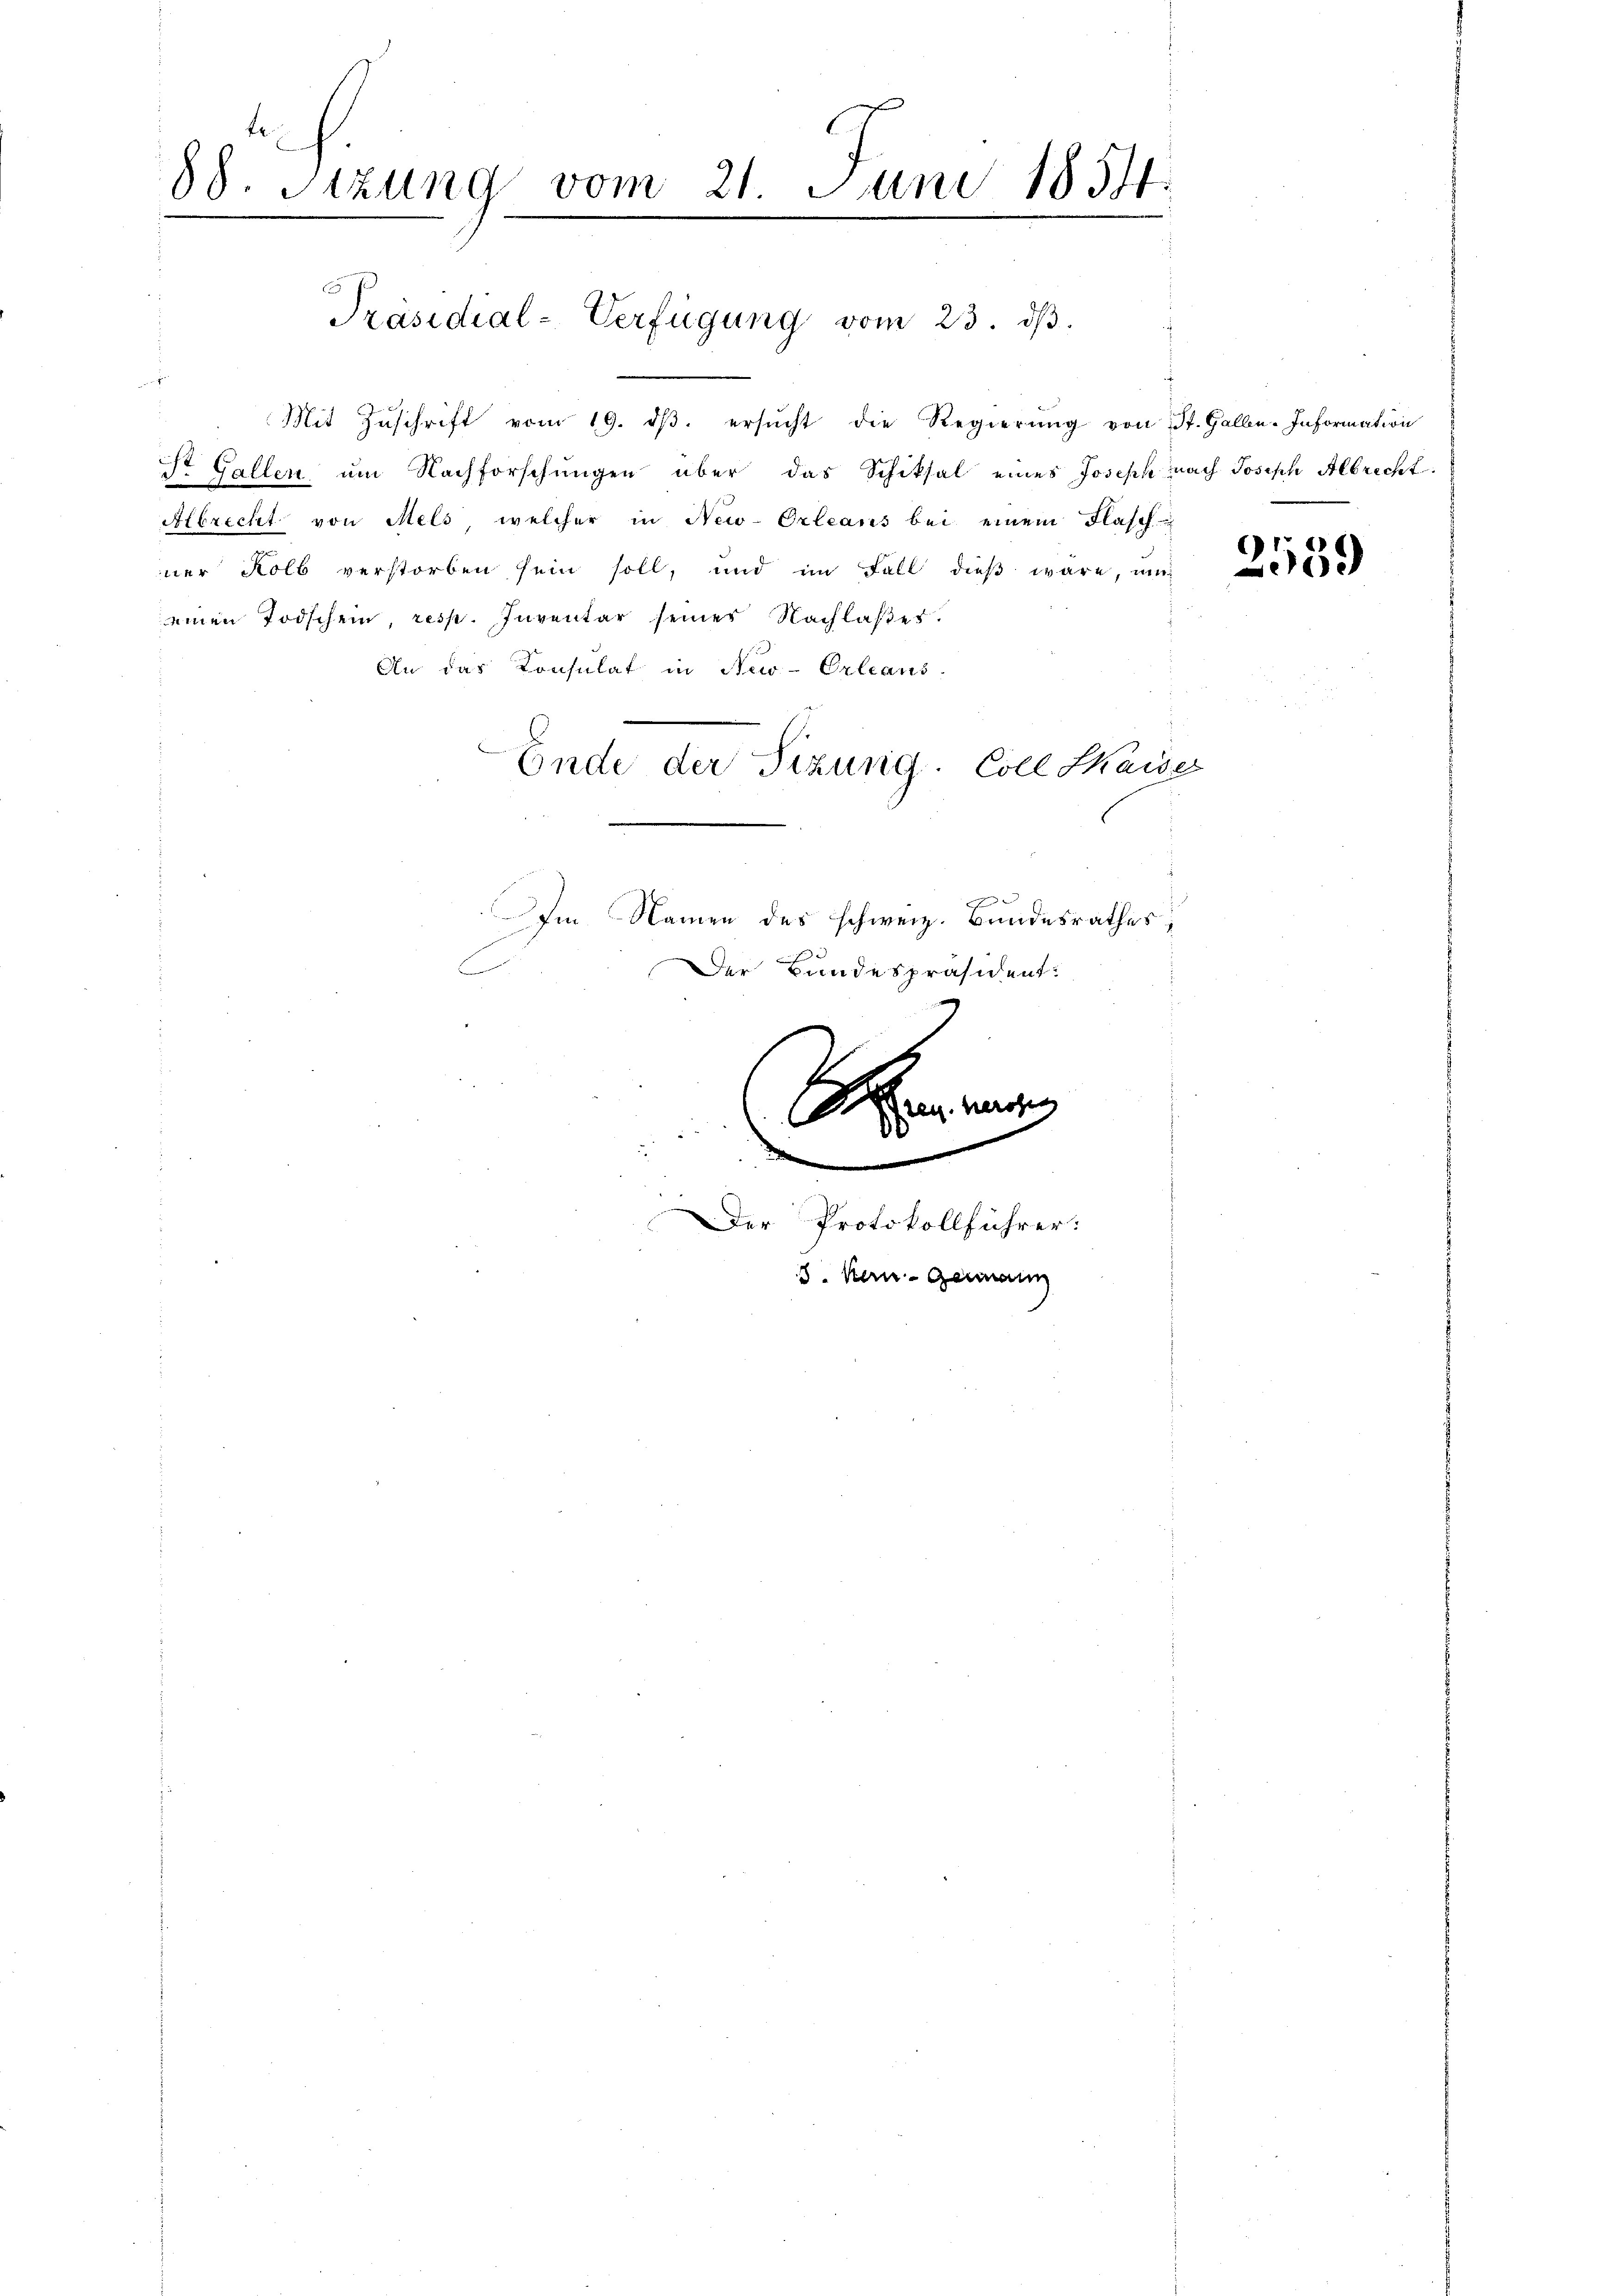
88. Sitzung vom 21. Juni 18511.

Präsidial-Verfügung vom 23. dβ.

Mit Zŭschrift vom 19. dβ. ersŭcht die Regierŭng von St. Galle-Information
ist Gallen, um Nachforschungen über das Schiksal eines Joseph nach Joseph Albrecht
Albrecht von Mels, welcher in New-Orleans bei einem Flasch
ner Kolb verstorben sein soll, und im Fall dieß wäre, mit
einen Todschein, resp. Inventar seiner Nachlaßes.
An das Konsulat in New-Orleans
Ende der Sizurig. Coll Kaise

Im Namen des schweiz. Bundesrathes;
E
Der Bundespräsident:
e
.
Der Protokollführer:
8. Kern- Germann

2559